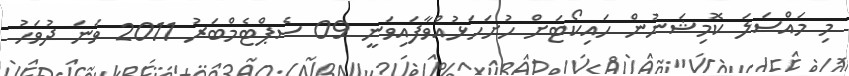
މި މައްސަލަ ކޮމިޝަނުން ހައިކޯޓަށް ހުށަހަޅުއްވާފައިވަނީ 09 ސެޕްޓެމްބަރު 2011 ވަނަ ދުވަހު